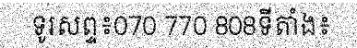
ទូរសព្ទ៖070 770 808ទីតាំង៖